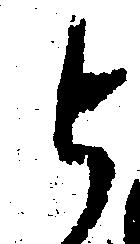
と